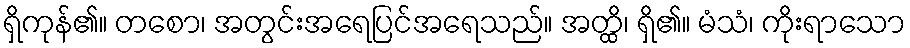
ရှိကုန်၏။ တစော၊ အတွင်းအရေပြင်အရေသည်။ အတ္ထိ၊ ရှိ၏။ မံသံ၊ ကိုးရာသော